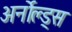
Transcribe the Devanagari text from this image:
अर्नोल्ड्स